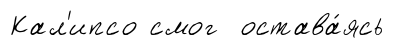
Кал'ипсо смог остава́ясь